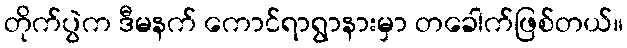
တိုက်ပွဲက ဒီမနက် ကောင်ရာရွာနားမှာ တခေါက်ဖြစ်တယ်။